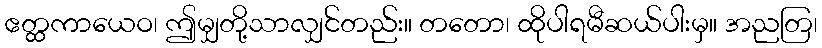
ဧတ္ထကာယေဝ၊ ဤမျှတို့သာလျှင်တည်း။ တတော၊ ထိုပါရမီဆယ်ပါးမှ။ အညတြ၊